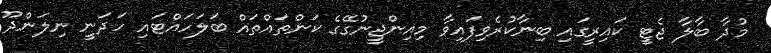
މުދާ ބާލާ ޖެޓީ ކައިރީގައި ބިނާކުރެވިފައިވާ މިއިންޖީނުގޭގެ ކަންތައްތައް ބަލަހައްޓައި ހަދަނީ ނިލަންދޫ